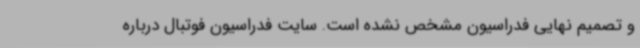
و تصمیم نهایی فدراسیون مشخص نشده است. سایت فدراسیون فوتبال درباره